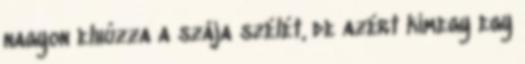
nagyon elhúzza a szája szélét, de azért kimegy egy